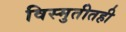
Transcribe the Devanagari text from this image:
विस्मुतीतही